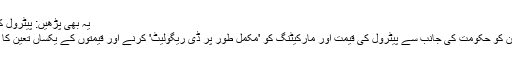
یہ بھی پڑھیں: پیٹرول کی قیمتوں کا طریقہ کار ڈی ریگولیٹ کرنے کا فیصلہ
ملک بھر میں پیٹرول کی مسلسل قلت کے باعث 8 جون کو حکومت کی جانب سے پیٹرول کی قیمت اور مارکیٹنگ کو 'مکمل طور پر ڈی ریگولیٹ' کرنے اور قیمتوں کے یکساں تعین کا طریقہ کار ختم کرنے کا اصولی فیصلہ سامنے آیا تھا۔